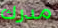
مدرك